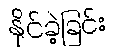
နိုင်ခဲ့ခြင်း